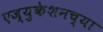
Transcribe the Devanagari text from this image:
एज्युकेशनच्या